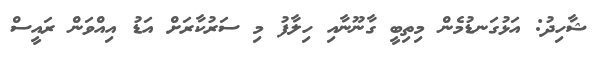
ޝާހިދު: އަޅުގަނޑުމެން މިތިބީ ގާނޫނާއި ހިލާފު މި ސަރުކާރަށް އަޑު އިއްވަން ރައީސް